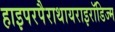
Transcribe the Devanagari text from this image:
हाइपरपैराथायराइरॉडिज्म